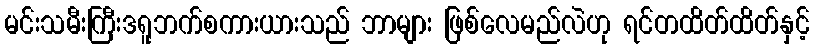
မင်းသမီးကြီးဒရူဘက်စကားယားသည် ဘာများ ဖြစ်လေမည်လဲဟု ရင်တထိတ်ထိတ်နှင့်